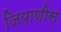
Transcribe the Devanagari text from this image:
जियाणीस